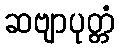
ဆဗျာပုတ္တံ